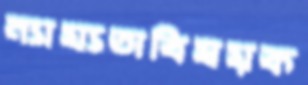
ন্যায্যতাবিষয়ক